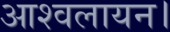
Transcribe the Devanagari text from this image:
आश्वलायन।